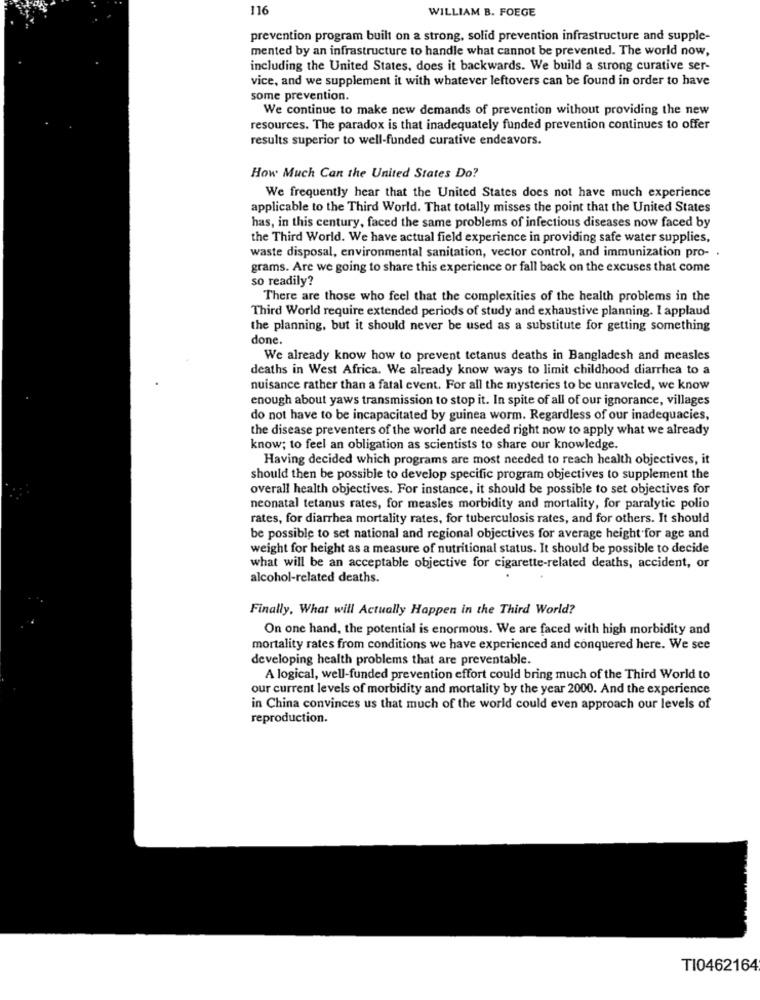
116
WILLIAM B. FOEGE
prevention program built on a strong, solid prevention infrastructure and supple-
mented by an infrastructure to handle what cannot be prevented. The world now,
including the United States, does it backwards. We build a strong curative ser-
vice, and we supplement it with whatever leftovers can be found in order to have
some prevention.
We continue to make new demands of prevention without providing the new
resources. The paradox is that inadequately funded prevention continues to offer
results superior to well-funded curative endeavors.
How Much Can the United States Do?
We frequently hear that the United States does not have much experience
applicable to the Third World. That totally misses the point that the United States
has, in this century, faced the same problems of infectious diseases now faced by
the Third World. We have actual field experience in providing safe water supplies,
waste disposal, environmental sanitation, vector control, and immunization pro- .
grams. Are we going to share this experience or fall back on the excuses that come
so readily?
There are those who feel that the complexities of the health problems in the
Third World require extended periods of study and exhaustive planning. I applaud
the planning, but it should never be used as a substitute for getting something
done.
We already know how to prevent tetanus deaths in Bangladesh and measles
deaths in West Africa. We already know ways to limit childhood diarrhea to a
nuisance rather than a fatal event. For all the mysteries to be unraveled, we know
enough about yaws transmission to stop it. In spite of all of our ignorance, villages
do not have to be incapacitated by guinea worm. Regardless of our inadequacies,
the disease preventers of the world are needed right now to apply what we already
know; to feel an obligation as scientists to share our knowledge.
Having decided which programs are most needed to reach health objectives, it
should then be possible to develop specific program objectives to supplement the
overall health objectives. For instance, it should be possible to set objectives for
neonatal tetanus rates, for measles morbidity and mortality, for paralytic polio
rates, for diarrhea mortality rates, for tuberculosis rates, and for others. It should
be possible to set national and regional objectives for average height for age and
weight for height as a measure of nutritional status. It should be possible to decide
what will be an acceptable objective for cigarette-related deaths, accident, or
alcohol-related deaths.
Finally, What will Actually Happen in the Third World?
On one hand, the potential is enormous. We are faced with high morbidity and
mortality rates from conditions we have experienced and conquered here. We see
developing health problems that are preventable.
A logical, well-funded prevention effort could bring much of the Third World to
our current levels of morbidity and mortality by the year 2000. And the experience
in China convinces us that much of the world could even approach our levels of
reproduction.
TI0462164